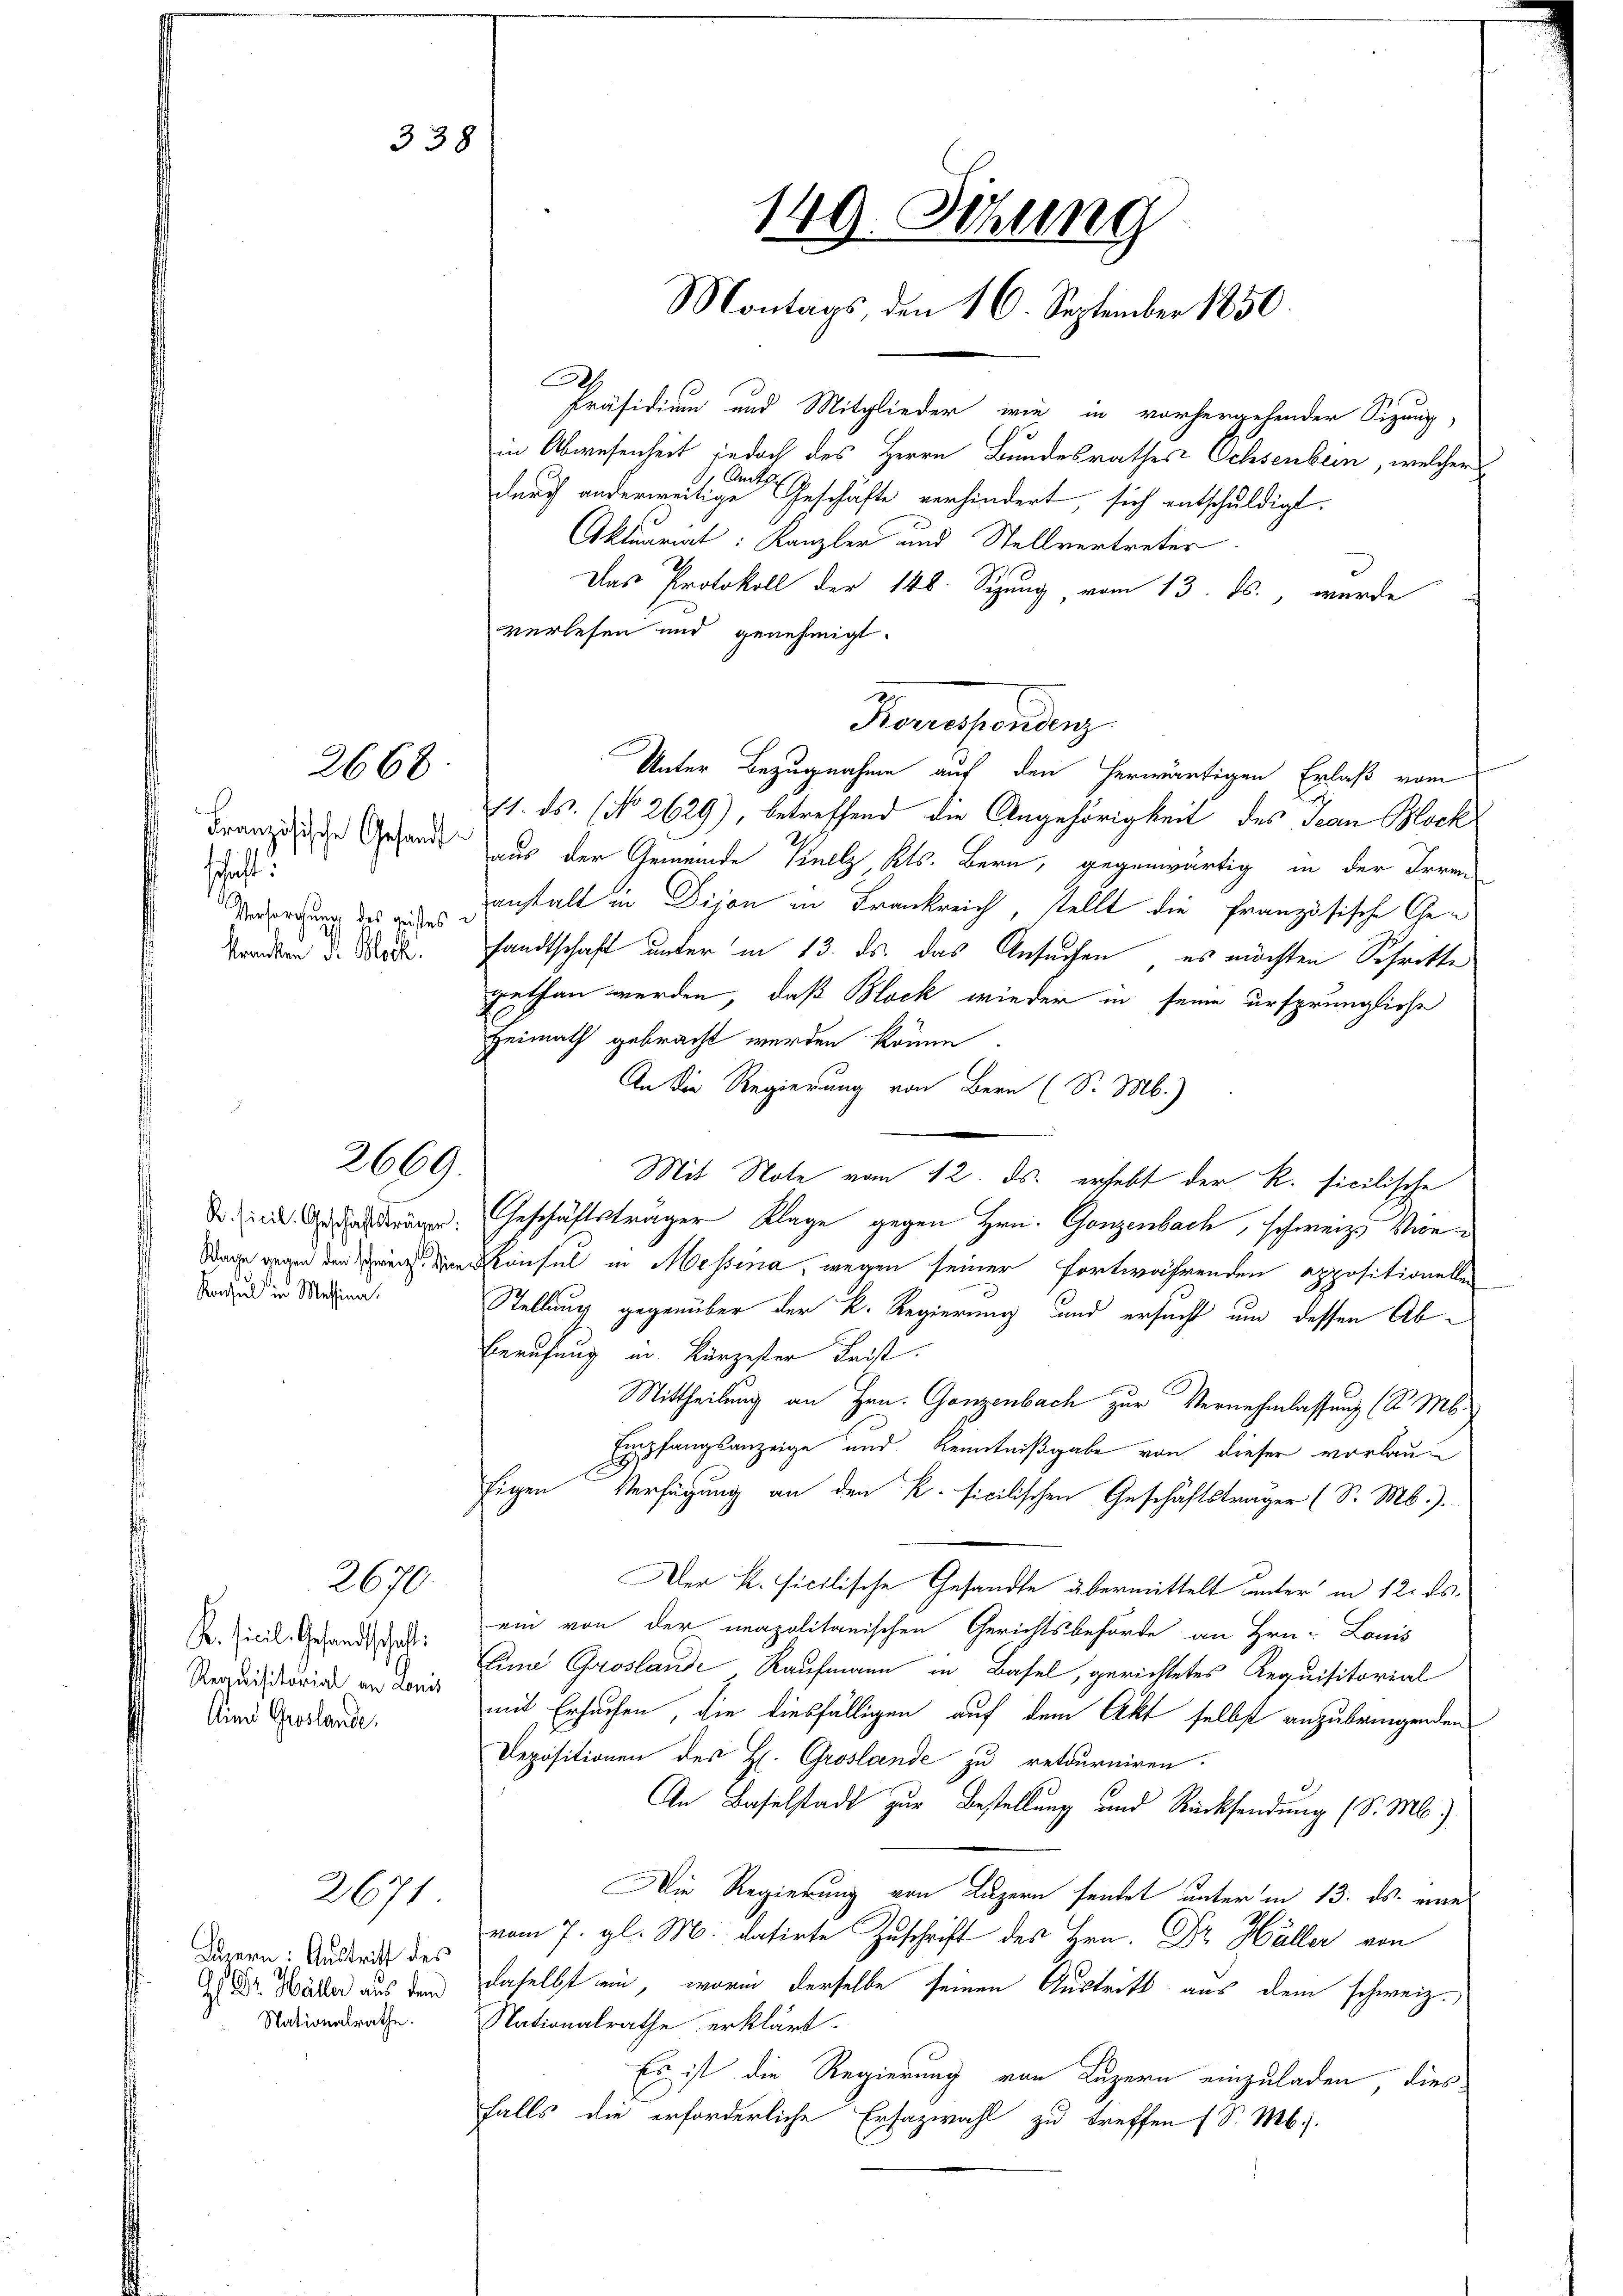
Französische Gesandtschäft
Versorgung des geistes

2668

2669.

Konsul in Messina.

Requisitorial an donis
Ain Goslande.

2670.

Bern: Austritt des

2671

33

Präsidium und Mitglieder wie in vorhergehender Sitzung,
in Abwesenheit jedoch des Herrn Bundesrathes Ochsenbein, welcher
durch anderweitige Geschäfte verhindert, sich entschuldigt.
Aktuariat: Kanzler und Stellvertreter
Das Protokoll der 148. Sepung, vom 13. Js., wurde
verlesen und genehmigt.
Unter Bezugnahme auf den herwärtigen Erlaß vom
1. ds. (No 2629), betreffend die Angehörigkeit des Jean Block
aus der Gemeinde Knelz, Kts. Bern, gegenwärtig in der Irre
anstalt in Dijon in Frankreich, stellt die Französische Ge¬
Traben d. M. sandtschaft unter in 13. ds. das Ansuchen, es möchten Schritte
gethan werden, daß Block wieder in seine ursprüngliche
Heimath gebracht werden könne
An die Regierung von Bern (S. M.)
Mit Note vom 12. ds. erhebt der R. sicilische
do in dachträgen. Geschäftsträger Klage gegen Hrn. Ganzenbach, schweiz. Vion¬
Wage gegen den in densel in Messina, wegen seiner fortwährenden appositionellen
Stellung gegenüber der K. Regierung und ersucht um dessen Ab¬
Berufung in Kürzester Beist.
Mittheilung an Hrn. Ganzenbach zur Vernehmlassung (d. Ms.
Empfangsanzeige und Kenntnißgabe von dieser vorlaufigen Verfügung an den k. Ficilischen Geschäftsträger (S. M.).
Der k. Ficilische Gesandte übermittelt unter in 12. ds.
K. Sicil, Gesandtsch. G. ein von der neapolitanischen Gerichtsbehörde an Hrn. Louis
Eina Goslande Kaufmann in Basel, gerichtetes Requisitorial
mit Ersuchen, die diesfälligen auf dem Akt selbst anzubringenden
Depositionen des H. Groslande zu retourniren.
An Baselstadt zur Bestellung und Rücksendung (S. M.).
Die Regierung von Luzern sendet unter in 13. ds. eines
vom 7. gl. M. datirte Zuschrift des Hrn. Dr. Hüller von
1.r. Wärter aus dem daselbst wir, worin derselbe seinen Austritt aus dem schweiz.
Nationsrathe. Nationalrathe erklärt.
Es ist die Regierung von Luzern einzuladen dies
falls die erforderliche Erfazwahl zu treffen (S. Mb.).

149. Sitzung
Montags, den 16. September 1850.

Konsendung